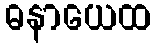
ဓနာယေထ